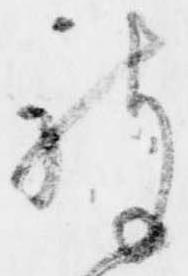
被